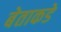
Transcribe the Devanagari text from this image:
बेताकडे